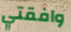
وافقتي